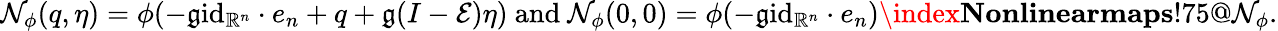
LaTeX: \mathcal{N}_{\phi}(q,\eta)=\phi(-\mathfrak{g}\mathrm{id}_{\mathbb{R}^{n}}\cdot e_{n}+q+\mathfrak{g}(I-\mathcal{E})\eta)\mathrm{~and~}\mathcal{N}_{\phi}(0,0)=\phi(-\mathfrak{g}\mathrm{id}_{\mathbb{R}^{n}}\cdot e_{n})\index{\textbf{Nonlinearmaps}!75@\mathcal{N}_{\phi}}.